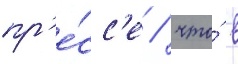
пр'е́сс'е / что́ в